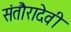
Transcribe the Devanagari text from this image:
संतौरादेवी